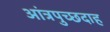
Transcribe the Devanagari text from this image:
आंत्रपुच्छदाह